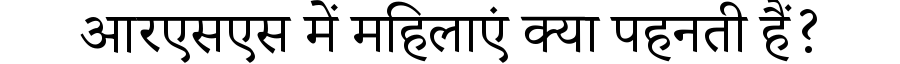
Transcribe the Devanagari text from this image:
आरएसएस में महिलाएं क्या पहनती हैं?